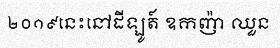
២០១៩នេះនៅដីឡូត៍ ឧកញ៉ា ឈួន